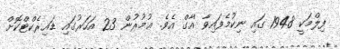
ފިލްމަކީ 1948 ގައި ނިކުމެފައިވާ 'އާގް އެވެ. ޢުމުރުން 23 އަހަރުގައި ޑައިރެކްޓްކޮށް